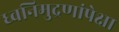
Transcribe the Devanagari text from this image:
ध्वनिमुद्रणांपेक्षा